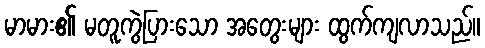
မာမား၏ မတူကွဲပြားသော အတွေးများ ထွက်ကျလာသည်။